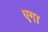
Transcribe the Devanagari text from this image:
एगा